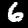
Digit: 6